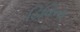
ડિવિના